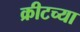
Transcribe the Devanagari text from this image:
क्रीटच्या